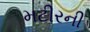
મટીરની